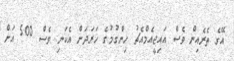
އޭގެ ތެރެއިން ވެސް އައިޖީއެމްއެޗު ހިންގުމުގެ ހަރަދަށް އެކަނި ވެސް 500 އަށް